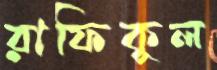
রাফিকুল